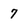
Character: 7